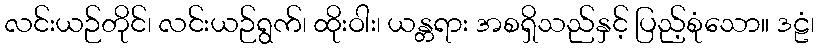
လင်းယဉ်တိုင်၊ လင်းယဉ်ရွက်၊ ထိုးဝါး၊ ယန္တရား အစရှိသည်နှင့် ပြည့်စုံသော။ ဒဠံ၊